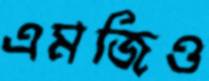
এমজিও